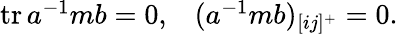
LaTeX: \begin{array}{ll}{{\mathrm{tr}\, a^{-1}mb=0,}}&{{(a^{-1}mb)_{[ij]^{+}}=0.}}\end{array}